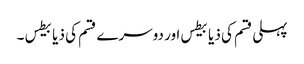
پہلی قسم کی ذیابیطس اور دوسرے قسم کی ذیابیطس ۔